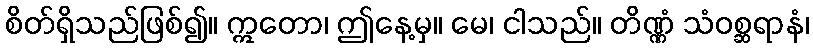
စိတ်ရှိသည်ဖြစ်၍။ ဣတော၊ ဤနေ့မှ။ မေ၊ ငါသည်။ တိဏ္ဏံ သံဝစ္ဆရာနံ၊